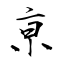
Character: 亰